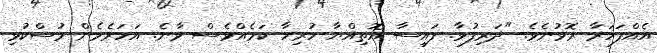
އެއްފަހަރާ ރޮވުނެވެ. "ދަރިފުޅާ. ފައިސާ އޮތިއްޔާ ހުރިހާ ކަމެއްވެސް ވާނެ. އަހަރެމެން މުސްކުޅި